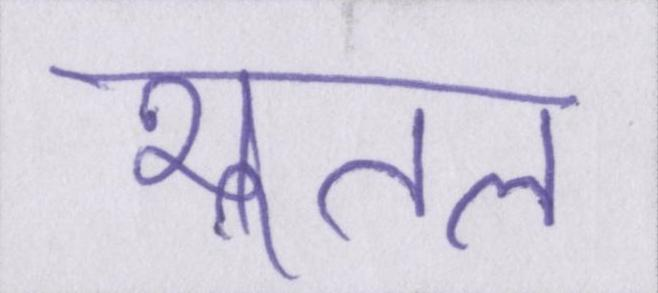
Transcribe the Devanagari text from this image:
भूतल